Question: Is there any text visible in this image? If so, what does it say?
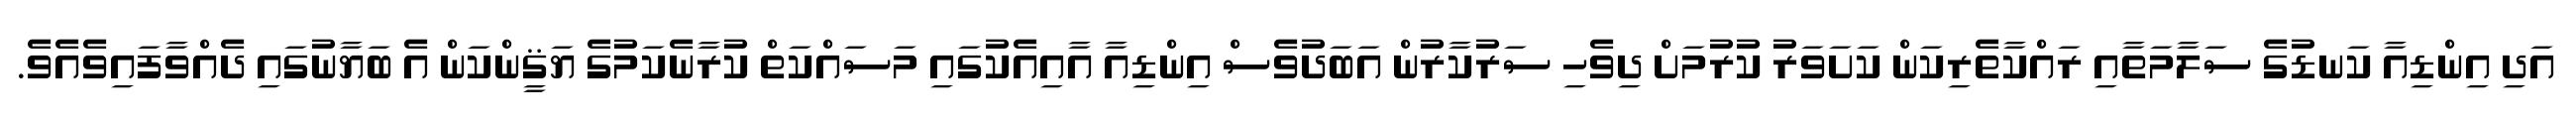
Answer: އަދި އިންޑިއާ ކަނޑުގެ ސަލާމަތާއި ރައްކާތެރިކަން ކަށަވަރު ކުރުމަށް ދިވެހި ސަރުކާރުން އަބަދުވެސް އިންޑިއާ އާއިއެކުގައި މަސައްކަތް ކުރާނެކަމުގެ ޔަޤީންކަން އެ ބަޔާނުގައި ދެއްވާފައިވެއެވެ.